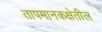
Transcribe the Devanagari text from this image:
तापमानकक्षेतील